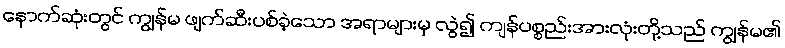
နောက်ဆုံးတွင် ကျွန်မ ဖျက်ဆီးပစ်ခဲ့သော အရာများမှ လွဲ၍ ကျန်ပစ္စည်းအားလုံးတို့သည် ကျွန်မ၏